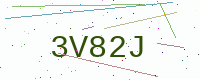
Text: 3V82J